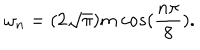
\omega _ { n } = ( 2 \sqrt { \pi } ) m \ c o s ( \frac { n \pi } { 8 } ) .